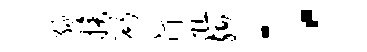
绿换斫汀阻殉：